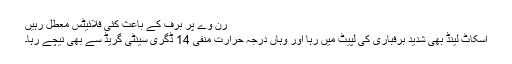
رن وے پر برف کے باعث کئی فلائیٹس معطل رہیں
اسکاٹ لینڈ بھی شدید برفباری کی لپیٹ میں رہا اور وہاں درجہ حرارت منفی 14 ڈگری سینٹی گریڈ سے بھی نیچے رہا۔